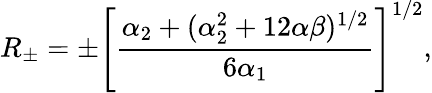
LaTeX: R_{\pm}=\pm\left[\frac{\alpha_{2}+(\alpha_{2}^{2}+12\alpha\beta)^{1/2}}{6\alpha_{1}}\right]^{1/2},